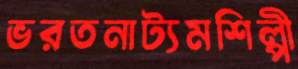
ভরতনাট্যমশিল্পী